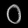
Digit: ၀